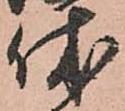
休